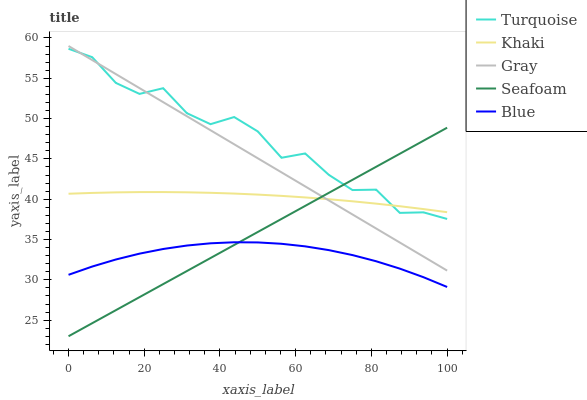
| xaxis_label | Turquoise | Khaki | Gray | Seafoam | Blue |
 | --- | --- | --- | --- | --- | --- |
 | 0 | 58.7 | 40.7 | 59 | 23 | 30.6 |
 | 6.25 | 57.6 | 40.8 | 57.3 | 24.6 | 31.6 |
 | 12.5 | 54.4 | 40.8 | 55.5 | 26.2 | 32.5 |
 | 18.8 | 53.1 | 40.9 | 53.8 | 27.9 | 33.2 |
 | 25 | 53.8 | 40.9 | 52 | 29.5 | 33.8 |
 | 31.2 | 50.7 | 40.9 | 50.3 | 31.1 | 34.3 |
 | 37.5 | 49.3 | 40.8 | 48.6 | 32.7 | 34.5 |
 | 43.8 | 50.2 | 40.7 | 46.8 | 34.3 | 34.7 |
 | 50 | 48.4 | 40.6 | 45.1 | 35.9 | 34.6 |
 | 56.2 | 45.1 | 40.4 | 43.3 | 37.6 | 34.5 |
 | 62.5 | 45.7 | 40.2 | 41.6 | 39.2 | 34.2 |
 | 68.8 | 43 | 40 | 39.8 | 40.8 | 33.7 |
 | 75 | 41.1 | 39.7 | 38.1 | 42.4 | 33.1 |
 | 81.2 | 41.2 | 39.4 | 36.4 | 44 | 32.3 |
 | 87.5 | 38.3 | 39.1 | 34.6 | 45.6 | 31.4 |
 | 93.8 | 38.4 | 38.8 | 32.9 | 47.3 | 30.3 |
 | 100 | 37.5 | 38.4 | 31.1 | 48.9 | 29.1 |